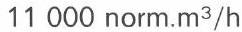
11 000 norm.m3/h